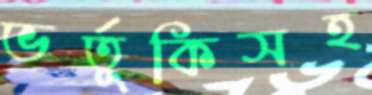
ভর্তুকিসহ